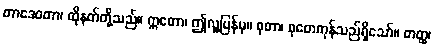
တာဒေဝတာ၊ ထိုနတ်တို့သည်။ ဣတော၊ ဤလူ့ပြန်မှ။ စုတာ၊ စုတေကုန်သည်ရှိသော်။ တတ္ထ၊